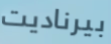
بيرناديت